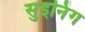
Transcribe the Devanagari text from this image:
सुइनिंग